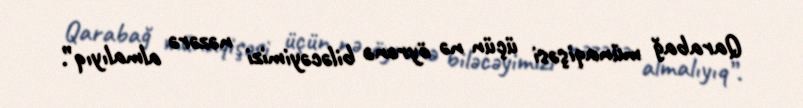
Qarabağ münaqişəsi üçün nə öyrənə biləcəyimizi nəzərə almalıyıq”.